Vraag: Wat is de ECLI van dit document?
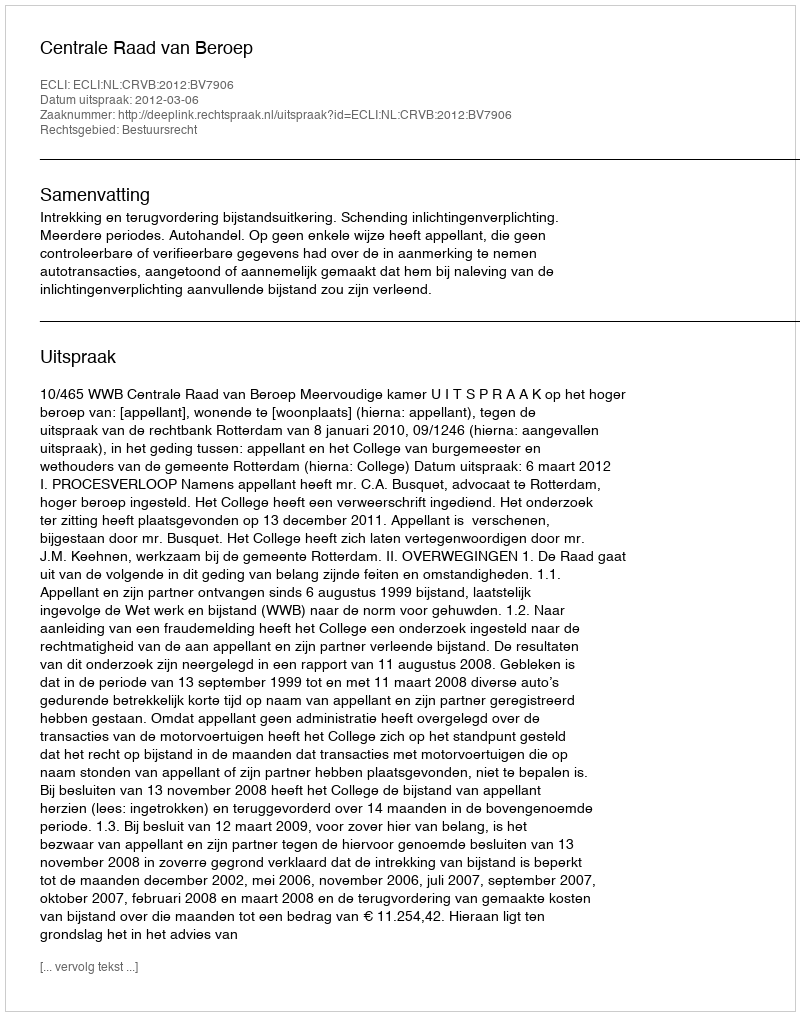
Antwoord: ECLI:NL:CRVB:2012:BV7906